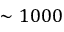
\sim 1 0 0 0